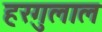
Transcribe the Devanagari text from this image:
हरगुलाल